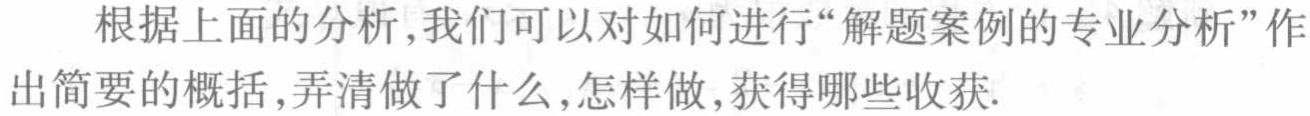
根据上面的分析,我们可以对如何进行“解题案例的专业分析”作出简要的概括,弄清做了什么,怎样做,获得哪些收获.